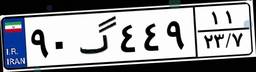
۹۰گ۴۴۹۱۱